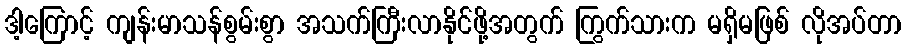
ဒါ့ကြောင့် ကျန်းမာသန်စွမ်းစွာ အသက်ကြီးလာနိုင်ဖို့အတွက် ကြွက်သားက မရှိမဖြစ် လိုအပ်တာ